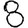
Digit: 8